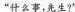
“什么事，先生？”